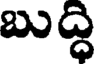
బుద్ధి